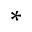
^ { * }